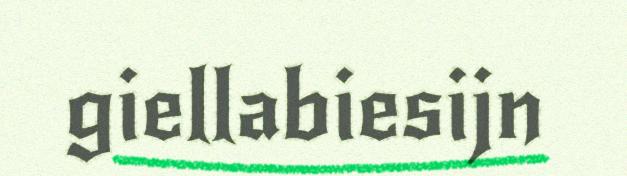
giellabiesijn